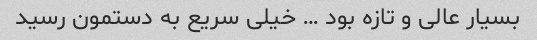
بسیار عالی و تازه بود … خیلی سریع به دستمون رسید